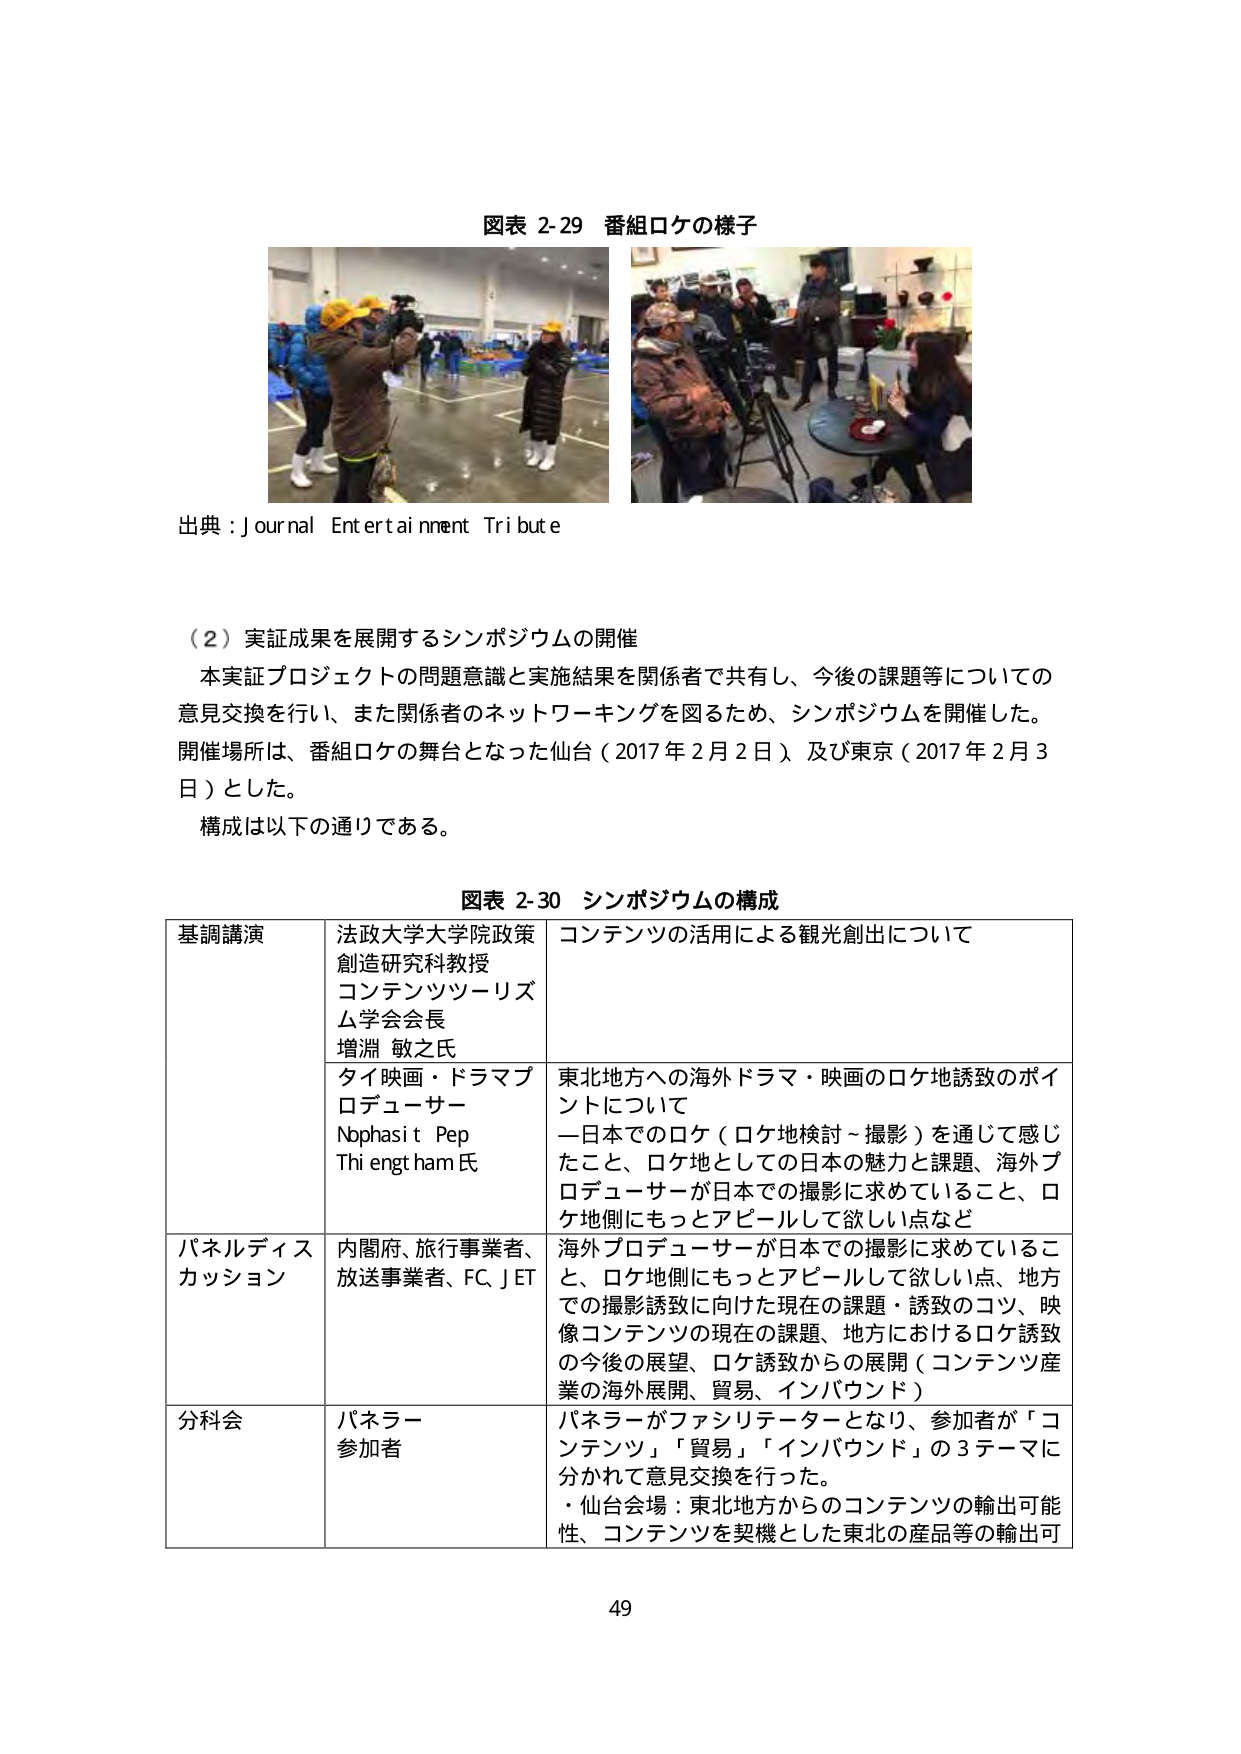
図表 2-29 番組ロケの様子

出典：Journal Entertainment Tribute

（2）実証成果を展開するシンポジウムの開催
本実証プロジェクトの問題意識と実施結果を関係者で共有し、今後の課題等についての
意見交換を行い、また関係者のネットワーキングを図るため、シンポジウムを開催した。
開催場所は、番組ロケの舞台となった仙台（2017年2月2日）及び東京（2017年2月3
日）とした。
構成は以下の通りである。

図表 2-30 シンポジウムの構成

| 基調講演 | 法政大学大学院政策創造研究科教授 コンテンツツーリズム学会会長 増淵 敏之氏 | コンテンツの活用による観光創出について |
|----------|------------------------------------------------------------------|----------------------------------------|
|          | タイ映画・ドラマプロデューサー Nophasit Pep Thi engt ham氏 | 東北地方への海外ドラマ・映画のロケ地誘致のポイントについて<br>一日本でのロケ（ロケ地検討～撮影）を通じて感じたこと、ロケ地としての日本の魅力と課題、海外プロデューサーが日本での撮影に求めていること、ロケ地側にもっとアピールして欲しい点など |
| パネルディスカッション | 内閣府、旅行事業者、放送事業者、FC、JET | 海外プロデューサーが日本での撮影に求めていること、ロケ地側にもっとアピールして欲しい点、地方での撮影誘致に向けた現在の課題・誘致のコツ、映像コンテンツの現在の課題、地方におけるロケ誘致の今後の展望、ロケ誘致からの展開（コンテンツ産業の海外展開、貿易、インバウンド） |
| 分科会 | パネラー参加者 | パネラーがファシリテーターとなり、参加者が「コンテンツ」「貿易」「インバウンド」の3テーマに分かれて意見交換を行った。<br>・仙台会場：東北地方からのコンテンツの輸出可能性、コンテンツを契機とした東北の産品等の輸出可 |

49